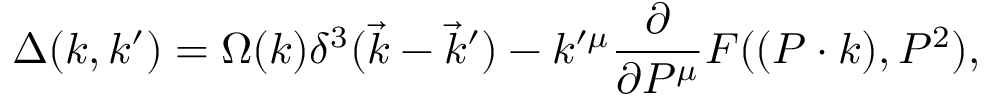
\Delta ( k , k ^ { \prime } ) = \Omega ( k ) \delta ^ { 3 } ( \vec { k } - \vec { k } ^ { \prime } ) - k ^ { \prime \mu } \frac \partial { \partial P ^ { \mu } } F ( ( P \cdot k ) , P ^ { 2 } ) ,